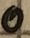
Text: 0